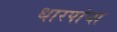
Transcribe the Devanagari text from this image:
धारपांचा